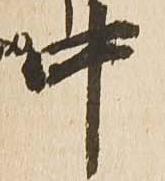
中